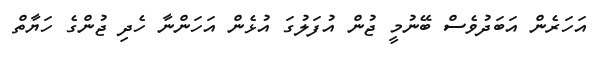
އަހަރެން އަބަދުވެސް ބޭނުމީ ޖުން އުފަލުގަ އުޅެން އަހަންނާ ހެދި ޖުންގެ ހަޔާތް